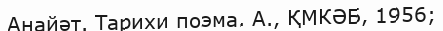
Анайәт. Тарихи поэма. А., ҚМКӘБ, 1956;